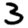
Digit: 3